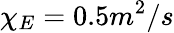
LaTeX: \chi_{E}=0.5m^{2}/s